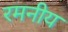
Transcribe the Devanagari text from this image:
रमनीय